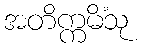
အတိက္ကမိံသု